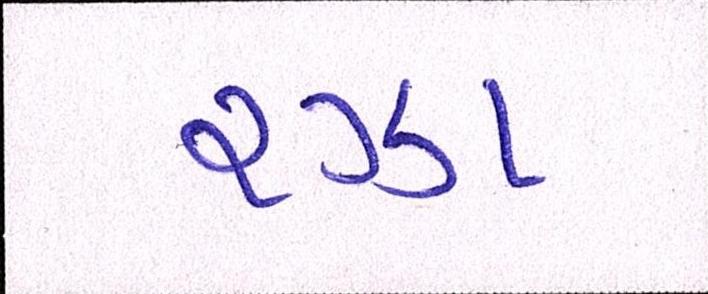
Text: રઝા